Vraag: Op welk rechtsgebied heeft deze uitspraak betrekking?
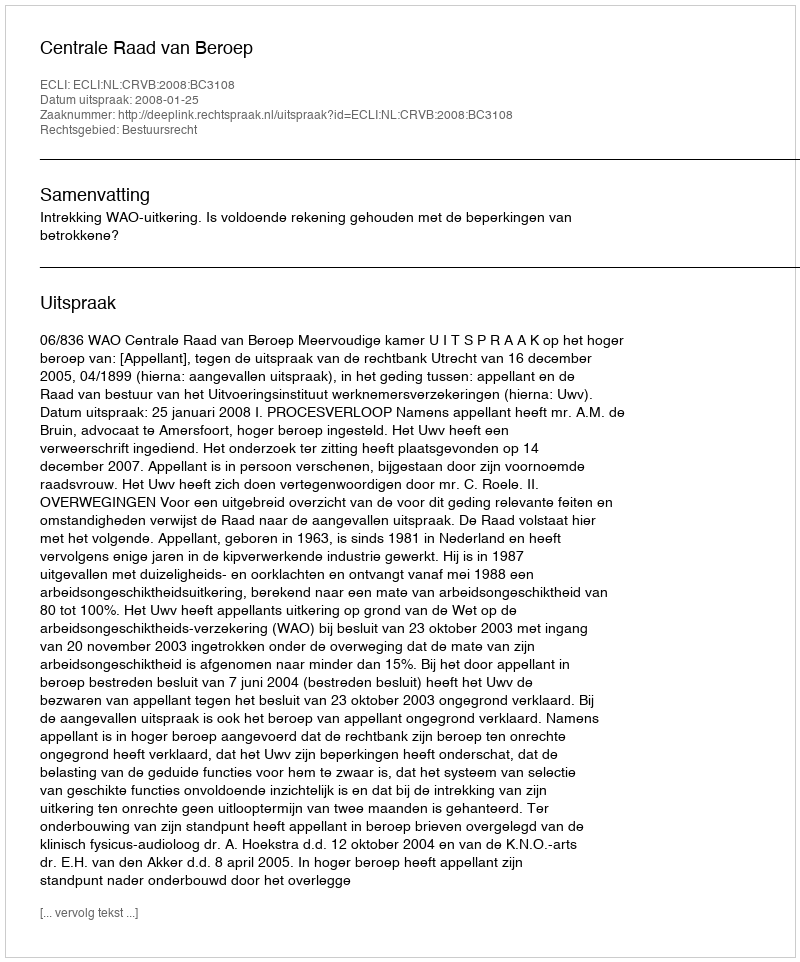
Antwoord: Bestuursrecht